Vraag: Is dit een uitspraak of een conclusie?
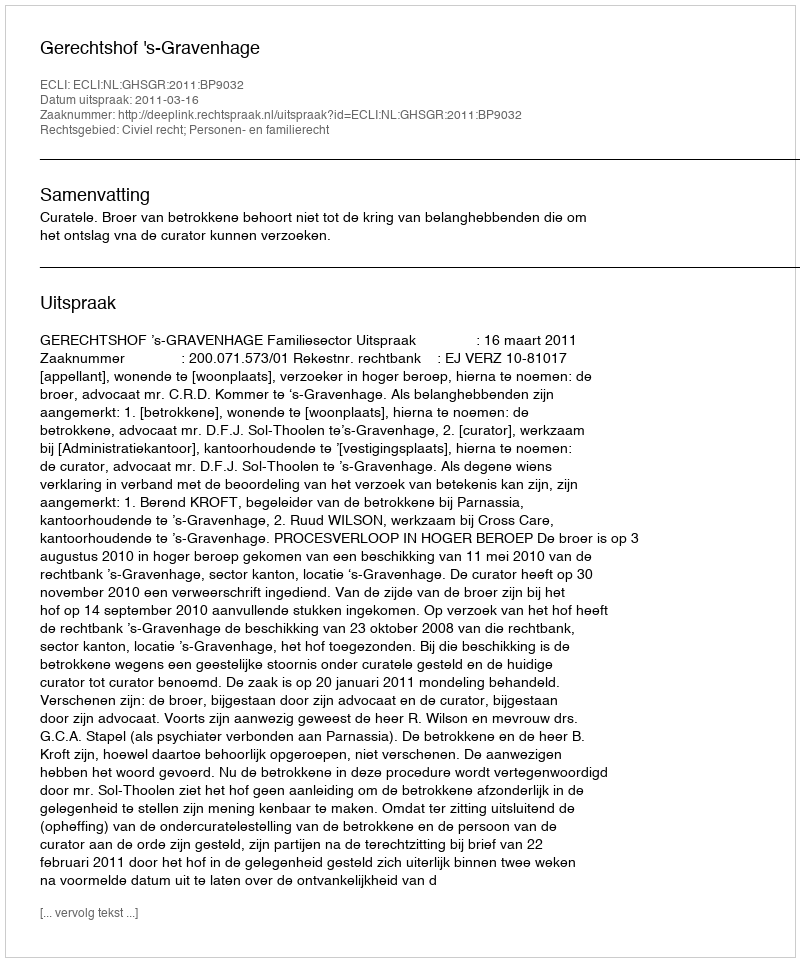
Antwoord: Uitspraak